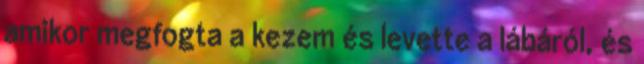
amikor megfogta a kezem és levette a lábáról, és